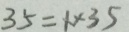
3 5 = 1 \times 3 5